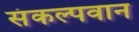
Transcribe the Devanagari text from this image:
संकल्पवान